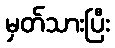
မှတ်သားပြီး